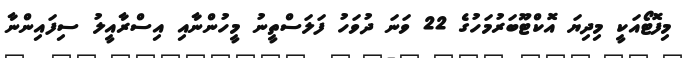
މިފޮޓޯއަކީ މިދިޔަ އޮކްޓޫބަރުމަހުގެ 22 ވަނަ ދުވަހު ފަލަސްތީނު މީހުންނާއި އިސްރާއީލު ސިފައިންނާ